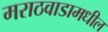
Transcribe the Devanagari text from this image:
मराठवाडामधील